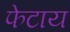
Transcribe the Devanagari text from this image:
फेटाय